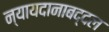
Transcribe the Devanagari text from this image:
न्यायदानाबद्दल